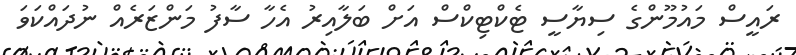
ރައީސް މައުމޫންގެ ސިޔާސީ ޓެކްޓިކްސް އަށް ބަލާއިރު އެހާ ސާފު މަންޒަރެއް ނުދައްކަވަ